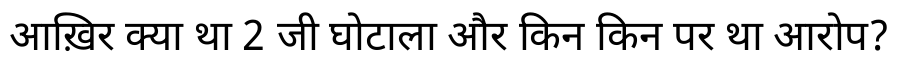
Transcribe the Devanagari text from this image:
आख़िर क्या था 2 जी घोटाला और किन किन पर था आरोप?